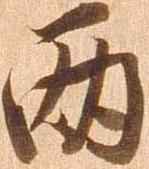
両